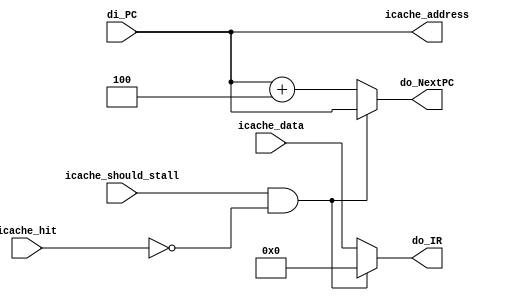
// Copyright (c) 2014, Segiusz 'q3k' Bazanski <sergiusz@bazanski.pl>
// All rights reserved.
//
// Redistribution and use in source and binary forms, with or without
// modification, are permitted provided that the following conditions are
// met:
//
// 1. Redistributions of source code must retain the above copyright notice,
//    this list of conditions and the following disclaimer.
// 2. Redistributions in binary form must reproduce the above copyright
//    notice, this list of conditions and the following disclaimer in the
//    documentation and/or other materials provided with the distribution.
//
// THIS SOFTWARE IS PROVIDED BY THE COPYRIGHT HOLDERS AND CONTRIBUTORS "AS IS"
// AND ANY EXPRESS OR IMPLIED WARRANTIES, INCLUDING, BUT NOT LIMITED TO, THE
// IMPLIED WARRANTIES OF MERCHANTABILITY AND FITNESS FOR A PARTICULAR PURPOSE
// ARE DISCLAIMED. IN NO EVENT SHALL THE COPYRIGHT HOLDER OR CONTRIBUTORS BE
// LIABLE FOR ANY DIRECT, INDIRECT, INCIDENTAL, SPECIAL, EXEMPLARY, OR
// CONSEQUENTIAL DAMAGES (INCLUDING, BUT NOT LIMITED TO, PROCUREMENT OF
// SUBSTITUTE GOODS OR SERVICES; LOSS OF USE, DATA, OR PROFITS; OR BUSINESS
// INTERRUPTION) HOWEVER CAUSED AND ON ANY THEORY OF LIABILITY, WHETHER IN
// CONTRACT, STRICT LIABILITY, OR TORT (INCLUDING NEGLIGENCE OR OTHERWISE)
// ARISING IN ANY WAY OUT OF THE USE OF THIS SOFTWARE, EVEN IF ADVISED OF THE
// POSSIBILITY OF SUCH DAMAGE.

module qm_fetch(
    /// datapath
    // input PC to assume
    input wire [31:0] di_PC,
    // output instruction register
    output reg [31:0] do_IR,
    // output to next PC
    output reg [31:0] do_NextPC,

    // icache connectivity
    output wire [31:0] icache_address,
    input wire icache_hit,
    input wire icache_should_stall,
    input wire [31:0] icache_data
 );

assign icache_address = di_PC;

always @(*) begin
    if (icache_should_stall && !icache_hit) begin
        do_NextPC = di_PC;
        do_IR = 0;
    end else begin
        do_NextPC = di_PC + 4;
        do_IR = icache_data;
    end
end

endmodule